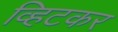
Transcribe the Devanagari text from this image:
व्हिटकर